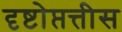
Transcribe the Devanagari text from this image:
दृष्टोप्तत्तीस